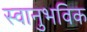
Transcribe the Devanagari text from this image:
स्वानुभविक